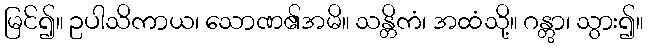
မြင်၍။ ဥပါသိကာယ၊ သောဏ၏အမိ။ သန္တိကံ၊ အထံသို့။ ဂန္တွာ၊ သွား၍။